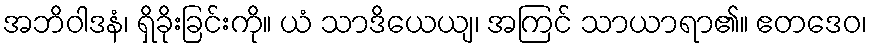
အဘိဝါဒနံ၊ ရှိခိုးခြင်းကို။ ယံ သာဒိယေယျ၊ အကြင် သာယာရာ၏။ ဧတဒေဝ၊